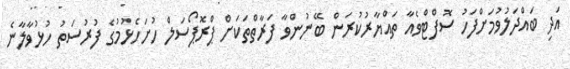
އަދި ބައްދަލުވުމަށްފަހު ސޮފްޓްވެއާ ތައްޔާރުކުރަން ބޭނުންވާ ފަރާތްތަކަށް ޕްރޮޕޯސަލް ހުށަހެޅުމުގެ ފުރުސަތު ހުޅުވާލާނެ